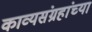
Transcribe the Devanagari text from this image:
काव्यसंग्रहांच्या